Civil Veterinary Department Bengal reports 1933-51 - 1933-1951
Year: 1933
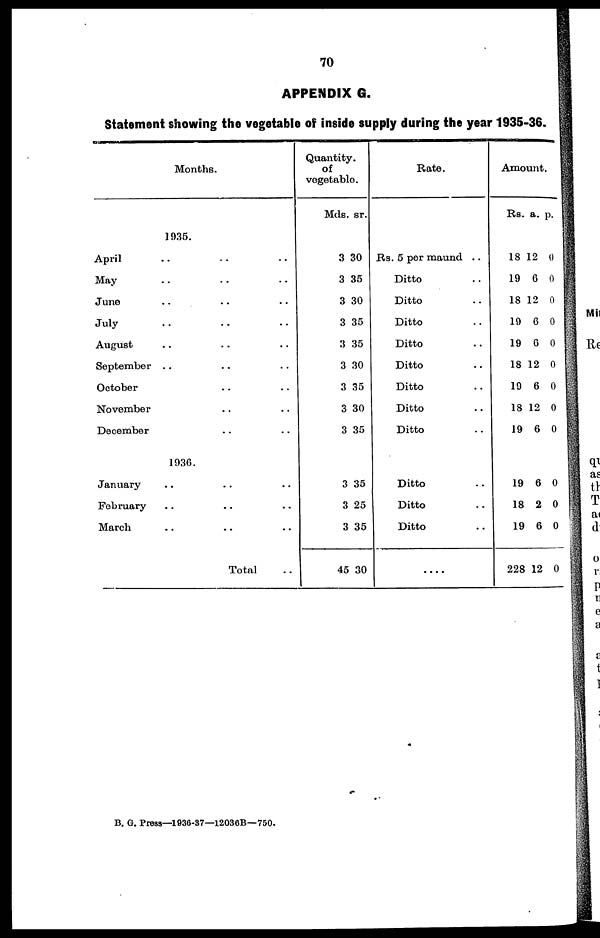
70
APPENDIX G.
Statement showing the vegetable of inside supply during the year 1935-36.
Months.
1935.
April
May
June
July
August
September
October
November
December
..
..
..
..
..
..
..
..
..
..
..
..
..
..
..
..
..
..
..
..
..
..
..
..
..
..
..
1936.
January
February
March
..
..
..
..
..
..
Total
..
..
..
..
Quantity
of
vegetable.
Mds.
3
3
3
3
3
3
3
3
3
sr.
30
35
30
35
35
30
35
30
35
3
3
3
45
35
25
35
30
Rate.
Rs. 5 per maund ..
Ditto ..
Ditto ..
Ditto ..
Ditto ..
Ditto ..
Ditto ..
Ditto ..
Ditto ..
Ditto ..
Ditto ..
Ditto ..
....
Amount.
Rs.
18
19
18
19
19
18
19
18
19
a.
12
6
12
6
6
12
6
12
6
p.
0
0
0
0
0
0
0
0
0
19
18
19
228
6
2
6
12
0
0
0
0
B. G. Press—1936-37—12036B—750.